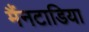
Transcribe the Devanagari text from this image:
मैंनटाडिया